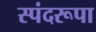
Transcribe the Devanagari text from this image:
स्पंदरूपा